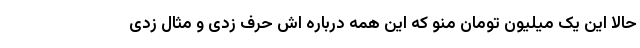
حالا این یک میلیون تومان منو که این همه درباره اش حرف زدی و مثال زدی